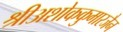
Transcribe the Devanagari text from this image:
श्रीअशोककुमारजैन